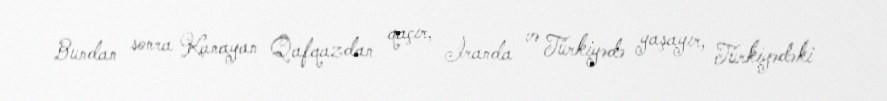
Bundan sonra Kanayan Qafqazdan qaçır, İranda və Türkiyədə yaşayır, Türkiyədəki